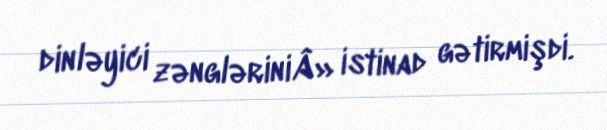
dinləyici zəngləriniÂ» istinad gətirmişdi.